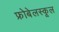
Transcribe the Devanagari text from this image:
फ्रोबेलस्कूल